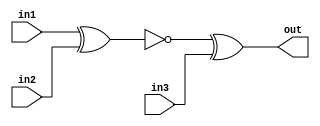
module top_module (
    input in1,
    input in2,
    input in3,
    output out);
    wire n1;
    assign n1 = ~(in1 ^ in2);
    assign out = n1 ^ in3;

endmodule